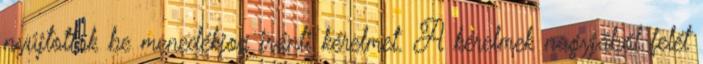
nyújtottak be menedékjog iránti kérelmet. A kérelmek nagyjából felét